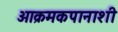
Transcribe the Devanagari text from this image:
आक्रमकपानाशी